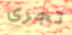
تجرى